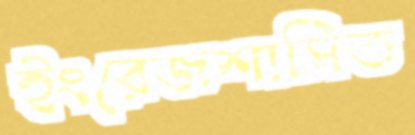
ইংরেজশাসিত